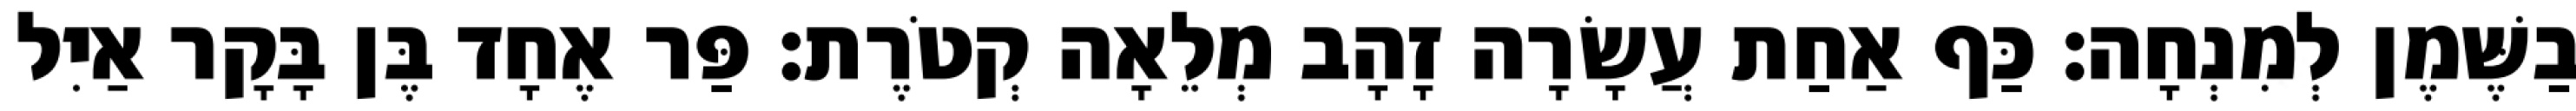
בַשֶּׁמֶן לְמִנְחָה׃ כַּף אַחַת עֲשָׂרָה זָהָב מְלֵאָה קְטֹרֶת׃ פַּר אֶחָד בֶּן בָּקָר אַיִל